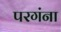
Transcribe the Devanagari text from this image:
परगंना